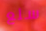
سلع